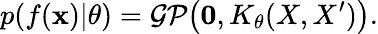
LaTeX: p(f(\mathbf{x})|\theta)=\mathcal{GP}\big(\mathbf{0},K_{\theta}(X,X^{\prime})\big).